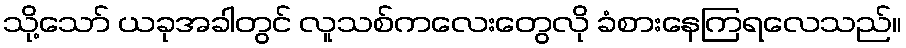
သို့သော် ယခုအခါတွင် လူသစ်ကလေးတွေလို ခံစားနေကြရလေသည်။